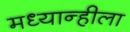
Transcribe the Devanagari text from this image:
मध्यान्हीला